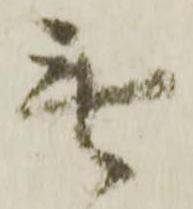
無